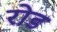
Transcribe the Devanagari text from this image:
रोड